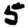
Digit: 5